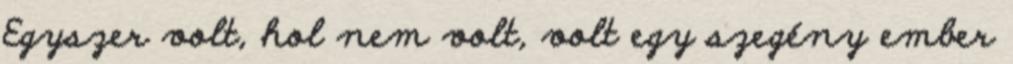
Egyszer volt, hol nem volt, volt egy szegény ember